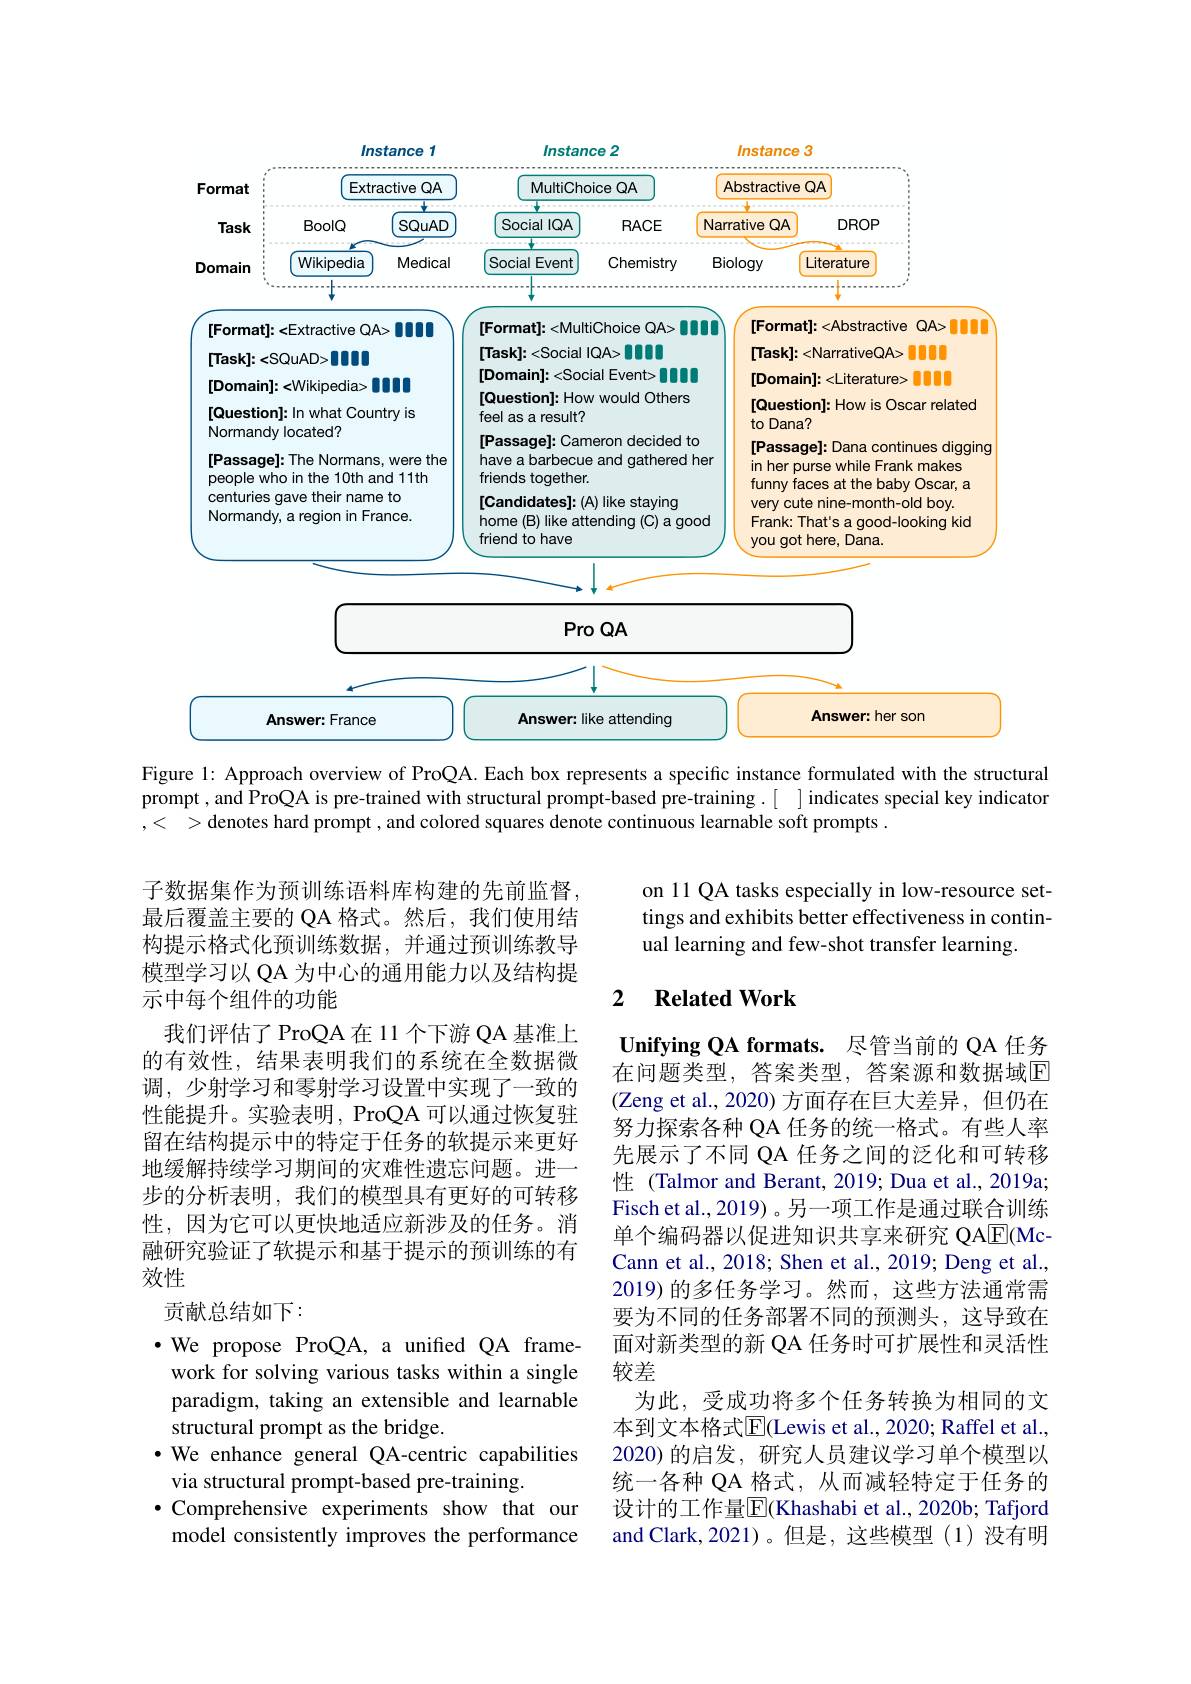
<FigureHere>

Figure 1: Approach overview of ProQA. Each box represents a specific instance formulated with the structural prompt, and ProQA is pre-trained with structural prompt-based pre-training.[ ]indicates special key indicator ,< >denotes hard prompt , and colored squares denote continuous learnable soft prompts .

on 11 QA tasks especially in low-resource settings and exhibits better effectiveness in continual learning and few-shot transfer learning.

### 2 $\textbf{Related Work}$

子数据集作为预训练语料库构建的先前监督， 最后覆盖主要的 QA 格式。然后，我们使用结构提示格式化预训练数据，并通过预训练教导模型学习以 QA 为中心的通用能力以及结构提示中每个组件的功能
我们评估了ProQA在11个下游QA 基准上的有效性，结果表明我们的系统在全数据微调，少射学习和零射学习设置中实现了一致的性能提升。实验表明，ProQA 可以通过恢复驻留在结构提示中的特定于任务的软提示来更好地缓解持续学习期间的灾难性遗忘问题。进一步的分析表明，我们的模型具有更好的可转移性，因为它可以更快地适应新涉及的任务。消融研究验证了软提示和基于提示的预训练的有效性
贡献总结如下：
$\bullet$ We propose ProQA, a unified QA frame-
work for solving various tasks within a single paradigm, taking an extensible and learnable structural prompt as the bridge.
·We enhance general QA-centric capabilities
via structural prompt-based pre-training.
$\bullet$ Comprehensive experiments show that our model consistently improves the performance

Unifying QA formats. 尽管当前的 QA 任务在问题类型，答案类型，答案源和数据域$\overline{\mathrm{E}}$ (Zeng et al., 2020) 方面存在巨大差异，但仍在努力探索各种 QA 任务的统一格式。有些人率先展示了不同 QA 任务之间的泛化和可转移性 (Talmor and Berant, 2019; Dua et al., 2019a; Fisch et al., 2019) 。另一项工作是通过联合训练单个编码器以促进知识共享来研究 QA$\overline{\mathrm{E}}($McCann et al., 2018; Shen et al., 2019; Deng et al., 2019) 的多任务学习。然而，这些方法通常需要为不同的任务部署不同的预测头，这导致在面对新类型的新 QA 任务时可扩展性和灵活性较差
为此，受成功将多个任务转换为相同的文本到文本格式$\overline{\mathrm{E}}$(Lewis et al., 2020; Raffel et al., 2020)的启发，研究人员建议学习单个模型以统一各种 QA 格式，从而减轻特定于任务的设计的工作量$\boxed{\mathrm{F}}$(Khashabi et al., 2020b; Tafjord and Clark,2021)。但是，这些模型(1)没有明